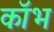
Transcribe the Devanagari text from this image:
कॉभ